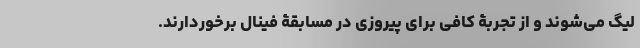
لیگ می‌شوند و از تجربۀ کافی برای پیروزی در مسابقۀ فینال برخوردارند.